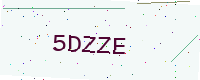
Text: 5DZZE